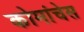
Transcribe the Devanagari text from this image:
कोमांचेस